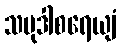
သမုဒါစရေယျံ